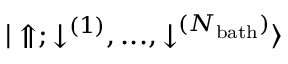
{ | \Uparrow ; \downarrow ^ { ( 1 ) } , . . . , \downarrow ^ { ( N _ { \mathrm { b a t h } } ) } \rangle }